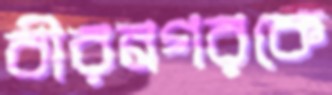
বীরনগরকে